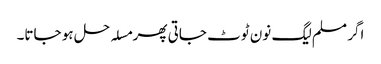
اگر مسلم لیگ نون ٹوٹ جاتی پھر مسلہ حل ہو جاتا۔